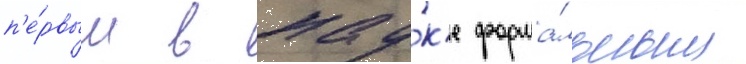
п'е́рвым в нау́к'е форма́льным